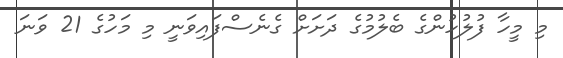
މި މީހާ ފުލުހުންގެ ބެލުމުގެ ދަށަށް ގެނެސްފައިވަނީ މި މަހުގެ 21 ވަނަ